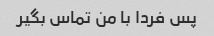
پس فردا با من تماس بگیر